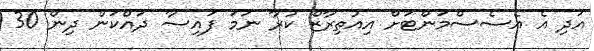
އަދި އެ އެސެސްމަންޓަށް އިއުތިރާޒް ކުރާ ނަމަ ފައިސާ ދައްކަން ދިން 30